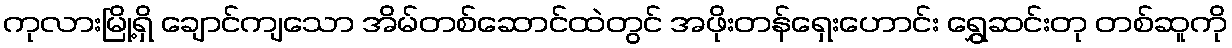
ကုလားမြို့ရှိ ချောင်ကျသော အိမ်တစ်ဆောင်ထဲတွင် အဖိုးတန်ရှေးဟောင်း ရွှေဆင်းတု တစ်ဆူကို